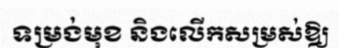
ទម្រង់មុខ និងលើកសម្រស់ឱ្យ